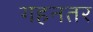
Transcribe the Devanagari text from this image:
गहनतर